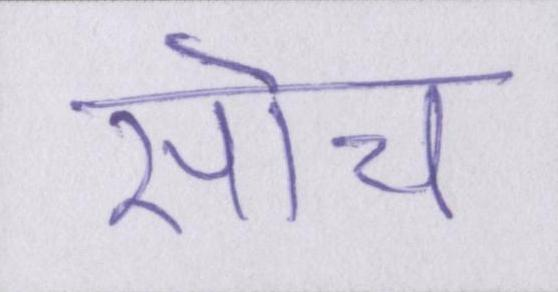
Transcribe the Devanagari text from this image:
सोच